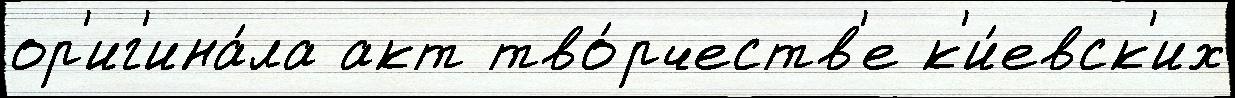
ор'иг'ина́ла акт тво́рчеств'е к'и́евск'их